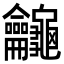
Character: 𪛕